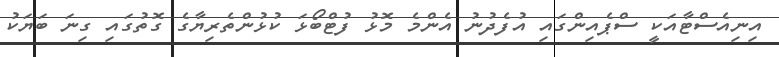
އިނިއެސްޓާއަކީ ސްޕެއިންގައި އުފެދުނު އެންމެ މޮޅު ފުޓްބޯޅަ ކުޅުންތެރިޔާގެ ގޮތުގައި ގިނަ ބަޔަކު